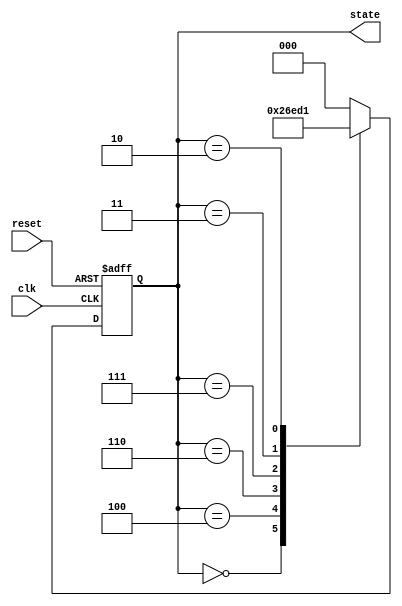
module johnson_counter (
    input wire clk,            // Clock input
    input wire reset,          // Asynchronous reset
    output reg [2:0] state     // 3-bit output representing the current state
);

// State encoding
parameter S0 = 3'b000;
parameter S1 = 3'b100;
parameter S2 = 3'b110;
parameter S3 = 3'b111;
parameter S4 = 3'b011;
parameter S5 = 3'b010;
parameter S6 = 3'b001;
parameter S7 = 3'b000;

// State transition logic
always @(posedge clk or posedge reset) begin
    if (reset) begin
        state <= S0;  // Initialize to State 0 on reset
    end else begin
        case (state)
            S0: state <= S1;
            S1: state <= S2;
            S2: state <= S3;
            S3: state <= S4;
            S4: state <= S5;
            S5: state <= S6;
            S6: state <= S7;
            S7: state <= S0; // Wrap around to State 0
            default: state <= S0; // Default case to avoid latches
        endcase
    end
end

endmodule